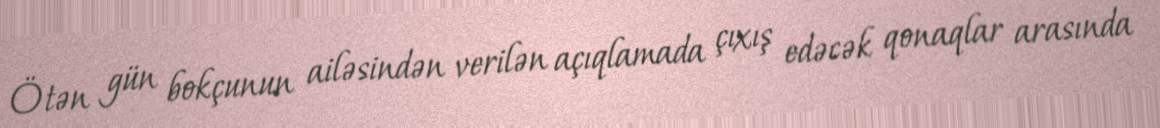
Ötən gün bokçunun ailəsindən verilən açıqlamada çıxış edəcək qonaqlar arasında